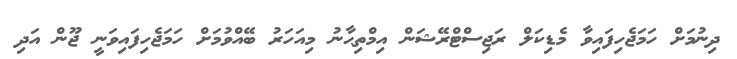
ދިނުމަށް ހަމަޖެހިފައިވާ މެޑިކަލް ރަޖިސްޓްރޭޝަން އިމްތިޙާނު މިއަހަރު ބޭއްވުމަށް ހަމަޖެހިފައިވަނީ ޖޫން އަދި